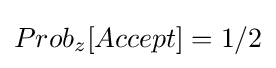
Prob_{z}[Accept]=1/2